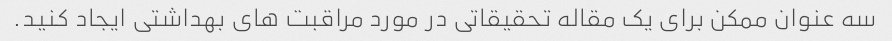
سه عنوان ممکن برای یک مقاله تحقیقاتی در مورد مراقبت های بهداشتی ایجاد کنید.